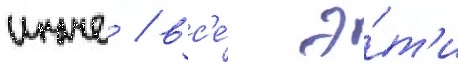
иначе / вс'е́ э́т'и